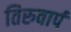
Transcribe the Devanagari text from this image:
तिरुवार्प